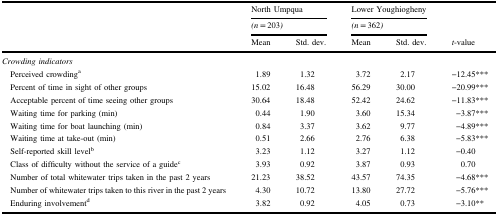
<table><thead><tr><td></td><td colspan="2"><b>North Umpqua</b></td><td colspan="2"><b>Lower Youghiogheny</b></td><td></td></tr><tr><td></td><td colspan="2"><b><i>(n</i> = 203<i>)</i></b></td><td colspan="2"><b><i>(n</i> = 362<i>)</i></b></td><td></td></tr><tr><td></td><td><b>Mean</b></td><td><b>Std. dev.</b></td><td><b>Mean</b></td><td><b>Std. dev.</b></td><td><b><i>t</i>-value</b></td></tr></thead><tbody><tr><td colspan="6"><i>Crowding indicators</i></td></tr><tr><td> Perceived crowding<sup>a</sup></td><td>1.89</td><td>1.32</td><td>3.72</td><td>2.17</td><td>−12.45***</td></tr><tr><td> Percent of time in sight of other groups</td><td>15.02</td><td>16.48</td><td>56.29</td><td>30.00</td><td>−20.99***</td></tr><tr><td> Acceptable percent of time seeing other groups</td><td>30.64</td><td>18.48</td><td>52.42</td><td>24.62</td><td>−11.83***</td></tr><tr><td> Waiting time for parking (min)</td><td>0.44</td><td>1.90</td><td>3.60</td><td>15.34</td><td>−3.87***</td></tr><tr><td> Waiting time for boat launching (min)</td><td>0.84</td><td>3.37</td><td>3.62</td><td>9.77</td><td>−4.89***</td></tr><tr><td> Waiting time at take-out (min)</td><td>0.51</td><td>2.66</td><td>2.76</td><td>6.38</td><td>−5.83***</td></tr><tr><td> Self-reported skill level<sup>b</sup></td><td>3.23</td><td>1.12</td><td>3.27</td><td>1.12</td><td>−0.40</td></tr><tr><td> Class of difficulty without the service of a guide<sup>c</sup></td><td>3.93</td><td>0.92</td><td>3.87</td><td>0.93</td><td>0.70</td></tr><tr><td> Number of total whitewater trips taken in the past 2 years</td><td>21.23</td><td>38.52</td><td>43.57</td><td>74.35</td><td>−4.68***</td></tr><tr><td> Number of whitewater trips taken to this river in the past 2 years</td><td>4.30</td><td>10.72</td><td>13.80</td><td>27.72</td><td>−5.76***</td></tr><tr><td> Enduring involvement<sup>d</sup></td><td>3.82</td><td>0.92</td><td>4.05</td><td>0.73</td><td>−3.10**</td></tr></tbody></table>